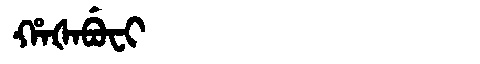
Manchu: ᡥᠠᡧᠠᠪᡠᠸᡳ
Romanization: HAŠABUFI